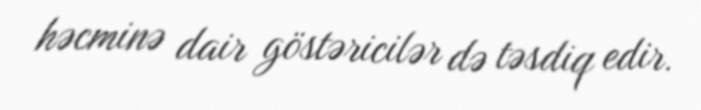
həcminə dair göstəricilər də təsdiq edir.